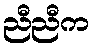
ညီညီက